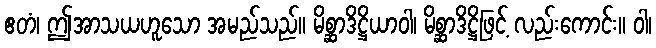
ဧတံ၊ ဤအာသယဟူသော အမည်သည်။ မိစ္ဆာဒိဋ္ဌိယာဝါ၊ မိစ္ဆာဒိဋ္ဌိဖြင့် လည်းကောင်း။ ဝါ၊